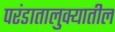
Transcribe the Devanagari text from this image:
परंडातालुक्यातील